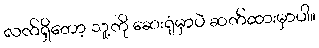
လက်ရှိတော့ သူ့ကို ဆေးရုံမှာပဲ ဆက်ထားမှာပါ။